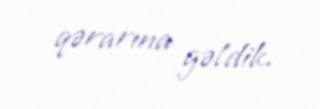
qərarına gəldik.